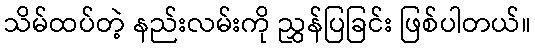
သိမ်ထပ်တဲ့ နည်းလမ်းကို ညွှန်ပြခြင်း ဖြစ်ပါတယ်။